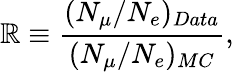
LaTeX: \mathbb{R}\equiv{\frac{{(N_{\mu}/N_{e})_{Data}}}{{(N_{\mu}/N_{e})_{MC}}}},